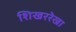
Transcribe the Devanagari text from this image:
शिखररेखा